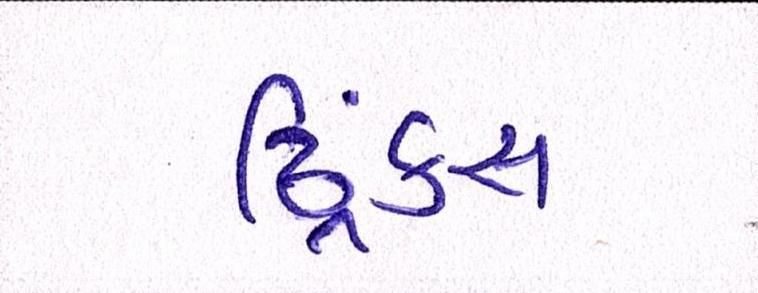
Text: ડ્રિંક્સ